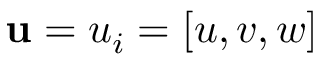
\mathbf { u } = u _ { i } = [ u , v , w ]